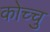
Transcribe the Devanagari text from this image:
कोच्चु